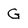
Character: G